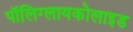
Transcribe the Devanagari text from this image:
पॉलिग्लायकोलाइड